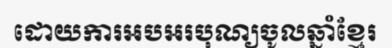
ដោយការអបអរបុណ្យចូលឆ្នាំខ្មែរ